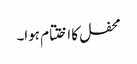
محفل کا اختتام ہوا۔